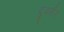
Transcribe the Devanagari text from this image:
दुवर्गर